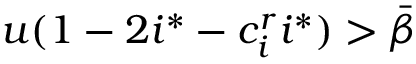
u ( 1 - 2 i ^ { * } - c _ { i } ^ { r } i ^ { * } ) > \bar { \beta }